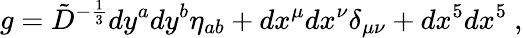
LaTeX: g={\tilde{D}}^{-{\frac{1}{3}}}dy^{a}dy^{b}\eta_{ab}+dx^{\mu}dx^{\nu}\delta_{\mu\nu}+dx^{5}dx^{5}\ ,